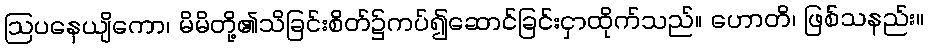
ဩပနေယျိကော၊ မိမိတို့၏သိခြင်းစိတ်၌ကပ်၍ဆောင်ခြင်းငှာထိုက်သည်။ ဟောတိ၊ ဖြစ်သနည်း။